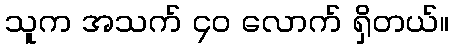
သူက အသက် ၄၀ လောက် ရှိတယ်။